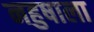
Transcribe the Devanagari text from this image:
नहुषाला